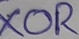
Text: XOR